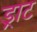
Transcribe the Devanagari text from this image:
ड्राट